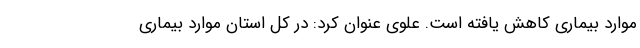
موارد بیماری کاهش یافته است. علوی عنوان کرد: در کل استان موارد بیماری